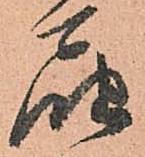
届